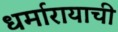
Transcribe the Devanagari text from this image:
धर्मारायाची